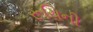
રૂચિની